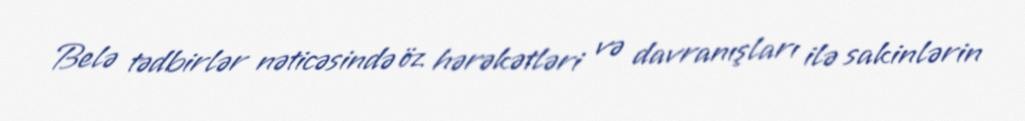
Belə tədbirlər nəticəsində öz hərəkətləri və davranışları ilə sakinlərin